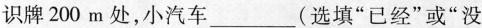
识牌200m处，小汽车___(选填”已经”或”没